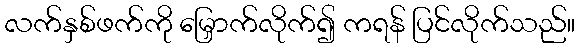
လက်နှစ်ဖက်ကို မြှောက်လိုက်၍ ကရန် ပြင်လိုက်သည်။